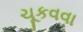
ચૂકવવા